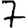
Digit: 7